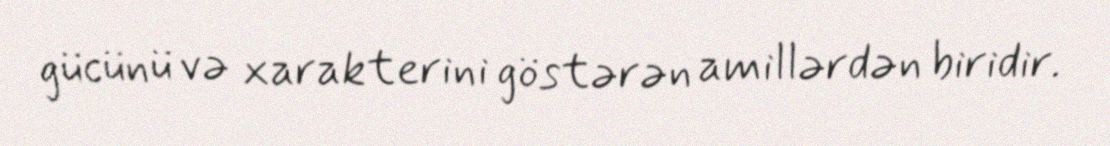
gücünü və xarakterini göstərən amillərdən biridir.